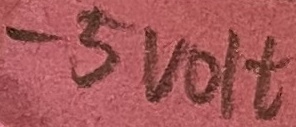
Text: -5VOLT